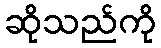
ဆိုသည်ကို